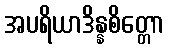
အပရိယာဒိန္နစိတ္တော